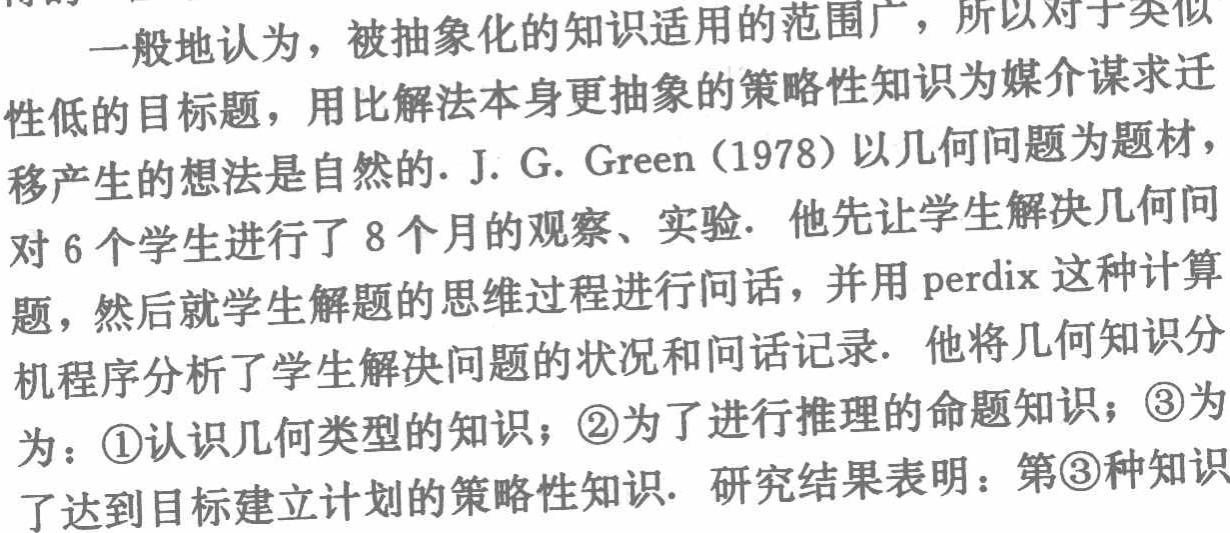
一般地认为，被抽象化的知识适用的范围广，所以对于类似性低的目标题，用比解法本身更抽象的策略性知识为媒介谋求迁移产生的想法是自然的. J. G. Green（1978）以几何问题为题材，对6个学生进行了8个月的观察、实验. 他先让学生解决几何问题，然后就学生解题的思维过程进行问话，并用perdix这种计算机程序分析了学生解决问题的状况和问话记录. 他将几何知识分为：\textcircled{1}认识几何类型的知识；\textcircled{2}为了进行推理的命题知识；\textcircled{3}为了达到目标建立计划的策略性知识. 研究结果表明：第\textcircled{3}种知识